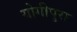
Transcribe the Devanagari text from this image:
योगीपुरा